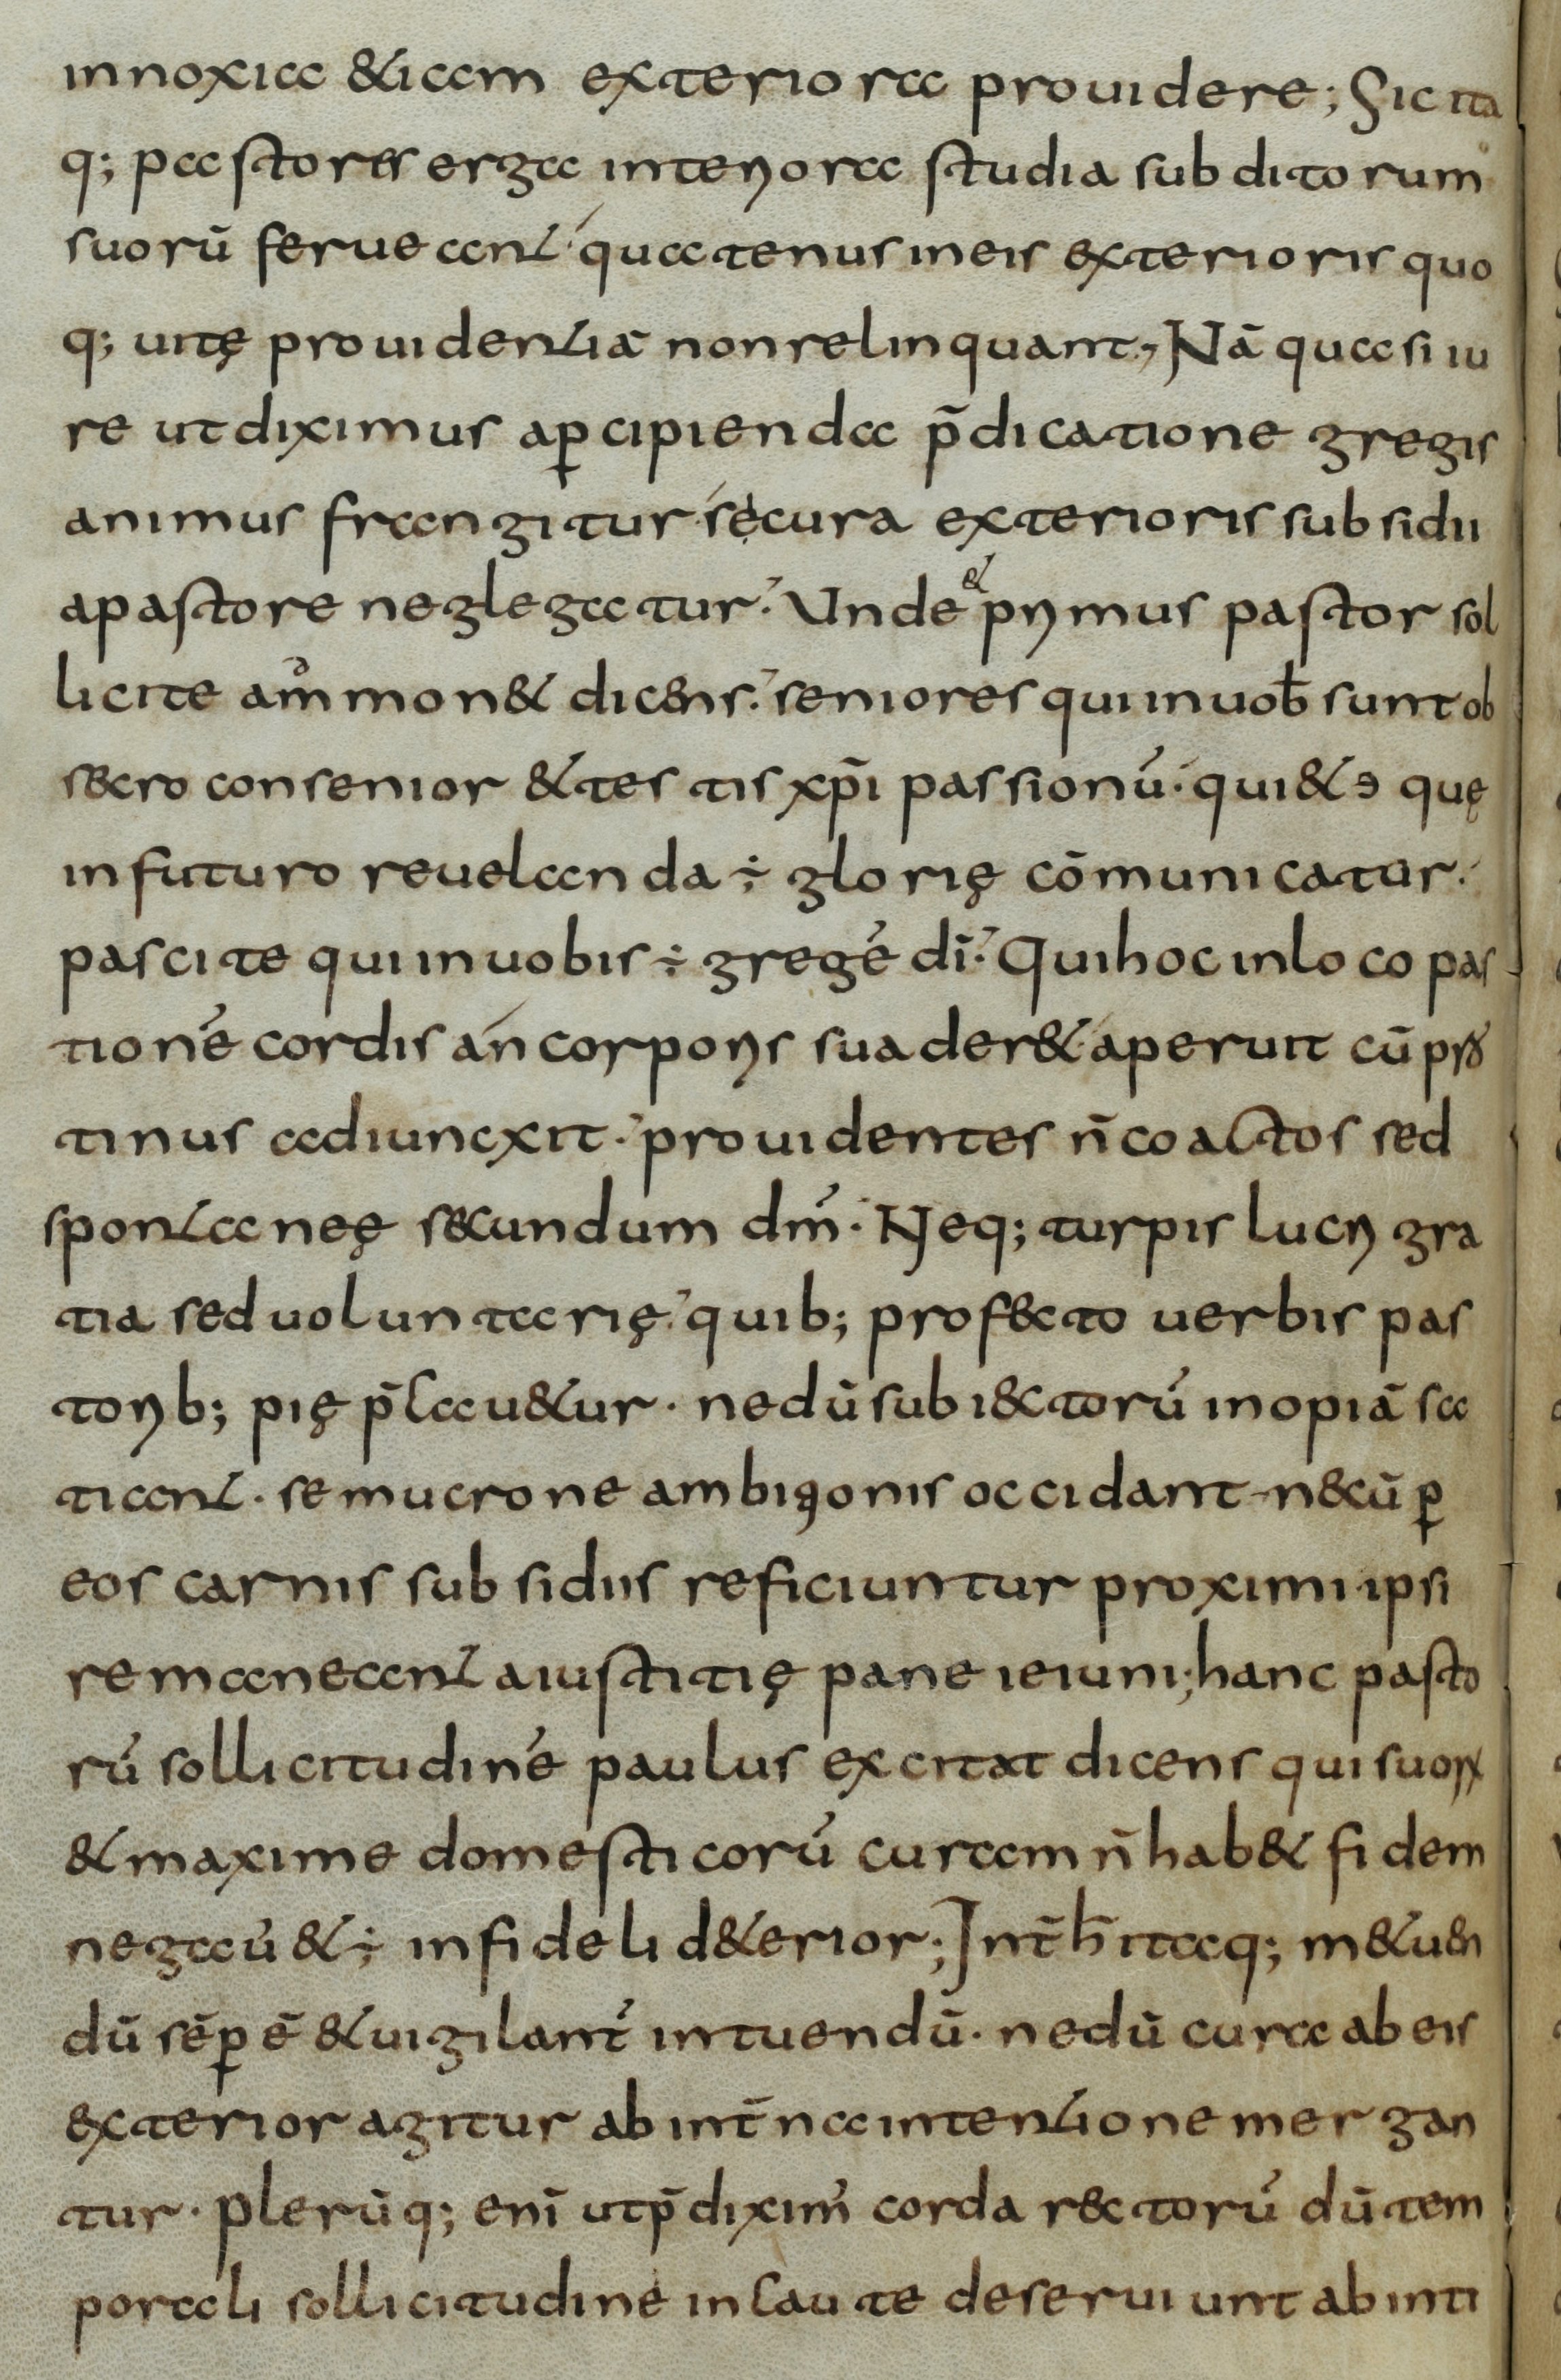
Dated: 800–830